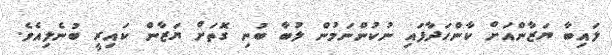
ލައިބާ ޔަޒާންއަށް ކާންހަދާފައި ނުކުންނަމުން ލުބާ ބުނި ގޮތަށް ޔަޒާން ކައިރީ ބުނެލިއެވެ.